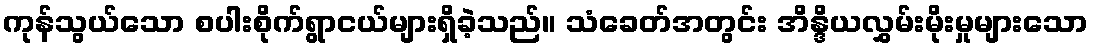
ကုန်သွယ်သော စပါးစိုက်ရွာငယ်များရှိခဲ့သည်။ သံခေတ်အတွင်း အိန္ဒိယလွှမ်းမိုးမှုများသော